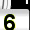
Digit: 6